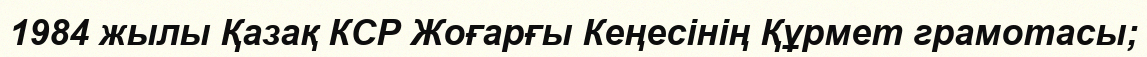
1984 жылы Қазақ КСР Жоғарғы Кеңесінің Құрмет грамотасы;